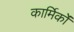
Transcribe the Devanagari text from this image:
कार्मिकांे